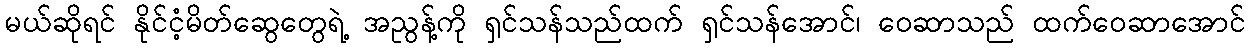
မယ်ဆိုရင် နိုင်ငံ့မိတ်ဆွေတွေရဲ့ အညွန့်ကို ရှင်သန်သည်ထက် ရှင်သန်အောင်၊ ဝေဆာသည် ထက်ဝေဆာအောင်